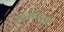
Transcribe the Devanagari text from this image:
हक्कांपासूनची